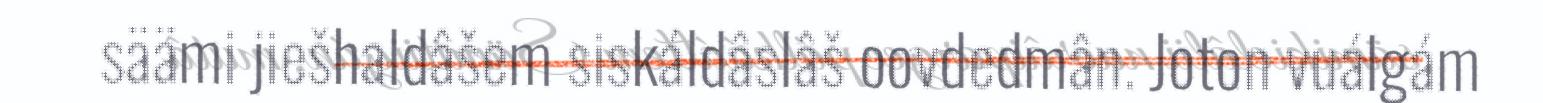
säämi jiešhaldâšem siskáldâslâš oovdedmân. Joton vuálgám